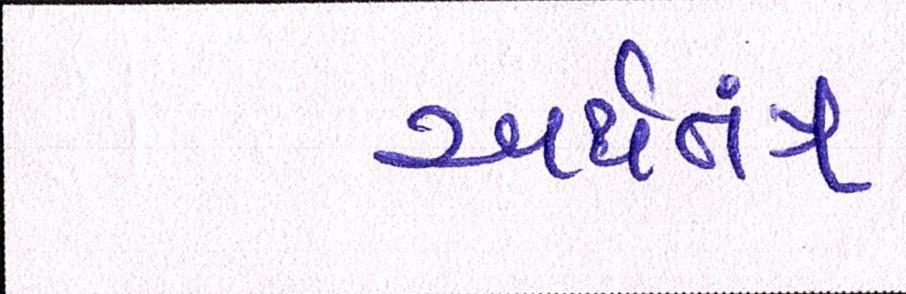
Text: અર્થતંત્ર